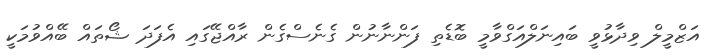
އަޒްމީލް ވިދާޅުވީ ބައިނަލްއަގްވާމީ ބޮޑެތި ފަންނާނުން ގެނެސްގެން ރާއްޖޭގައި އެފަދަ ޝޯތައް ބޭއްވުމަކީ